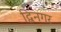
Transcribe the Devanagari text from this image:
द्विनगर